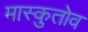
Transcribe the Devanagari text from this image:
मास्कुतोव